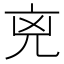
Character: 𠒋